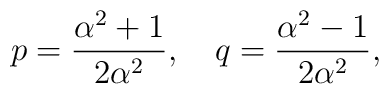
p=\frac{\alpha^2+1}{2\alpha^2}, \quad  q=\frac{\alpha^2-1}{2\alpha^2},